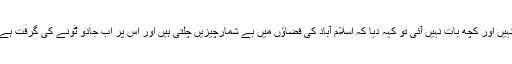
انہیں اور کچھ بات نہیں آئی تو کہہ دیا کہ اسلام آباد کی فضاؤں میں بے شمارچیزیں چلتی ہیں اور اس پر اب جادو ٹونے کی گرفت ہے۔